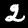
Digit: 2